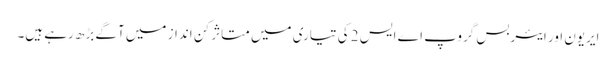
ایریون اور ایئربس گروپ اے ایس 2 کی تیاری میں متاثر کن انداز میں آگے بڑھ رہے ہیں۔